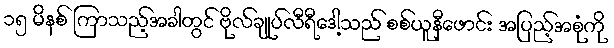
၁၅ မိနစ် ကြာသည့်အခါတွင် ဗိုလ်ချုပ်လီရီဒေါ့သည် စစ်ယူနီဖောင်း အပြည့်အစုံကို